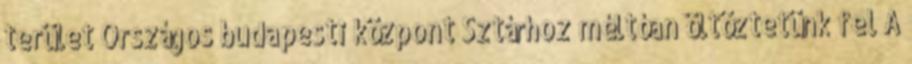
terület Országos budapesti központ Sztárhoz méltóan öltöztetünk fel A